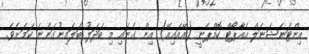
އިންޓަނެޝަނަލް އެއާޕޯޓް ކޮމްޕެނީ (އޭއައިއޭ) އިން ގެނައި މި ބަދަލު ބަލައިނުގަންނަ ކަމަށެވެ.